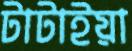
টাটাইয়া